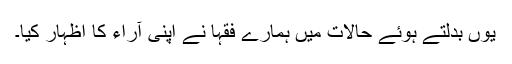
یوں بدلتے ہوئے حالات میں ہمارے فقہا نے اپنی آراء کا اظہار کیا۔